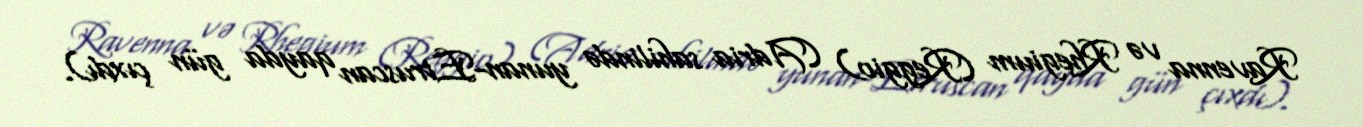
Ravenna və Rhegium (Reggio) (Adria sahilində yunan-Etruscan qayda gün çıxdı).